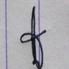
Signature authenticity: genuine